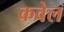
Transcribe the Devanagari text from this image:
कवेल